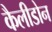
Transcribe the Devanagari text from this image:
कैलीडोन